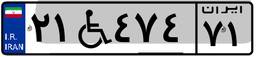
۲۱W۴۷۴۷۱